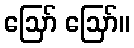
ဪ ဪ။